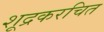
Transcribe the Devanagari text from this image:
शूद्रकरचित